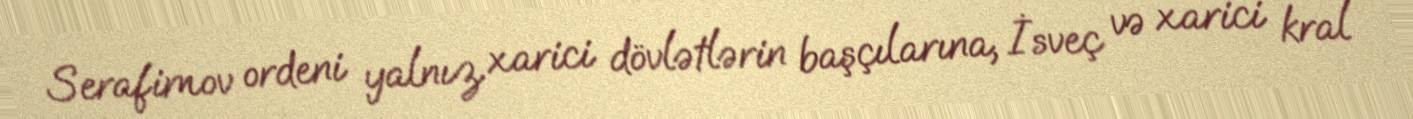
Serafimov ordeni yalnız xarici dövlətlərin başçılarına, İsveç və xarici kral